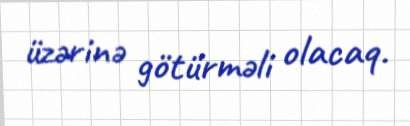
üzərinə götürməli olacaq.